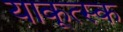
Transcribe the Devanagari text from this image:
याकूत्स्क